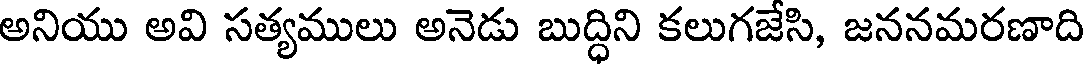
అనియు అవి సత్యములు అనెడు బుద్ధిని కలుగజేసి, జననమరణాది